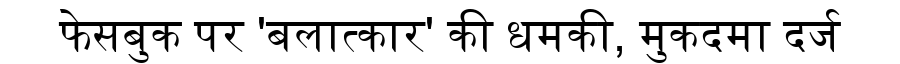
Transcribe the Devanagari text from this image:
फेसबुक पर 'बलात्कार' की धमकी, मुकदमा दर्ज